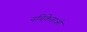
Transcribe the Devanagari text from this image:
नचिकेताओ